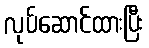
လုပ်ဆောင်ထားပြီး